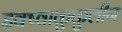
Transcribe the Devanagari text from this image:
इक्ष्वाकुकुलीन